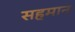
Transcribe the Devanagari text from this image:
सहमान